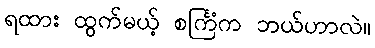
ရထား ထွက်မယ့် စင်္ကြံက ဘယ်ဟာလဲ။